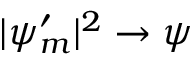
| \psi _ { m } ^ { \prime } | ^ { 2 } \rightarrow \psi